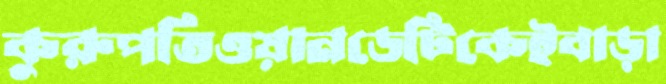
কুরুপতিওয়ানডেটিকেইবাড়া